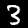
Label: 3